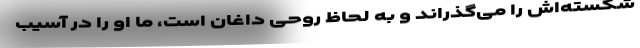
شکسته‌اش را می‌گذراند و به لحاظ روحی داغان است، ما او را در آسیب‌